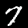
Digit: 7